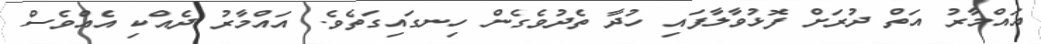
އައްމާރު އަތް ދުރަށް ފޮޅުވާލާފައި ހުދާ ތެދުވެގެން ހިނގައިގަތެވެ. އައްމާރު ދެއްކި އެއްވެސް